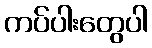
ကပ်ပါးတွေပါ